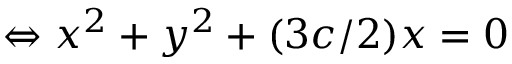
\Leftrightarrow x ^ { 2 } + y ^ { 2 } + ( 3 c / 2 ) x = 0